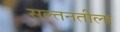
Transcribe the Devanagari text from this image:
सल्तनतीला